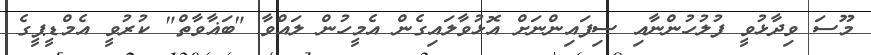
މޫސަ ވިދާޅުވީ ފުލުހުންނާއި ސިފައިންނަށް އޮޅުވާލައިގެން އެމީހުން ލައްވާ "ބަޣާވާތް" ކުރުވީ އެމްޑީޕީގެ